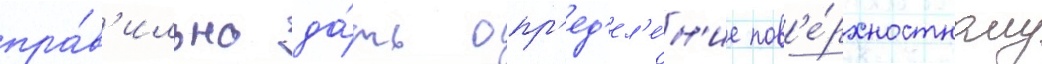
пра́в'ильно да́ть опр'ед'ел'е́н'ие пов'е́рхностному